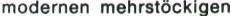
modernen mehrstöckigen